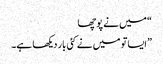
“ میں نے پوچھا
” ایسا تو میں نے کئی بار دیکھا ہے۔